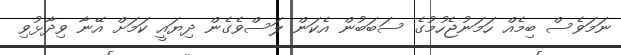
ނަމަވެސް ބިމެއް ހަމަނުޖެހުމުގެ ސަބަބުން އެކަން ލަސްވެގެން ދިޔައީ ކަމަށް އޭނާ ވިދާޅުވި